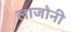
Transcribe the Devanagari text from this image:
लाजोनी